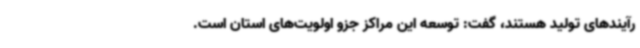
رآیندهای تولید هستند، گفت: توسعه این مراکز جزو اولویت‌های استان است.